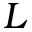
L